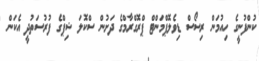
ކުންފުނީގެ ހިއުމަން ރިސޯސް ޑިވެލޮޕްމަންޓް ޕްރޮގްރާމްގެ ދަށުން ސްކޮލަ ޝިޕްގެ ފުރުސަތުދީ އެކަން